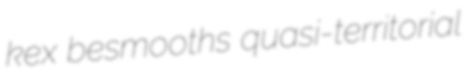
kex besmooths quasi-territorial